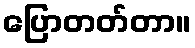
ပြောတတ်တာ။